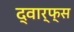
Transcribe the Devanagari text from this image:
द्वार्फ्स